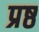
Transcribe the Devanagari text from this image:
प्रष्ठ